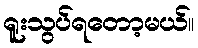
ရူးသွပ်ရတော့မယ်။